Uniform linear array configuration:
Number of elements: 24
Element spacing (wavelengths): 0.75
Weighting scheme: blackman
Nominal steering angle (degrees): -15
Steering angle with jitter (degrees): -13.997
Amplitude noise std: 0.05
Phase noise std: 0.05

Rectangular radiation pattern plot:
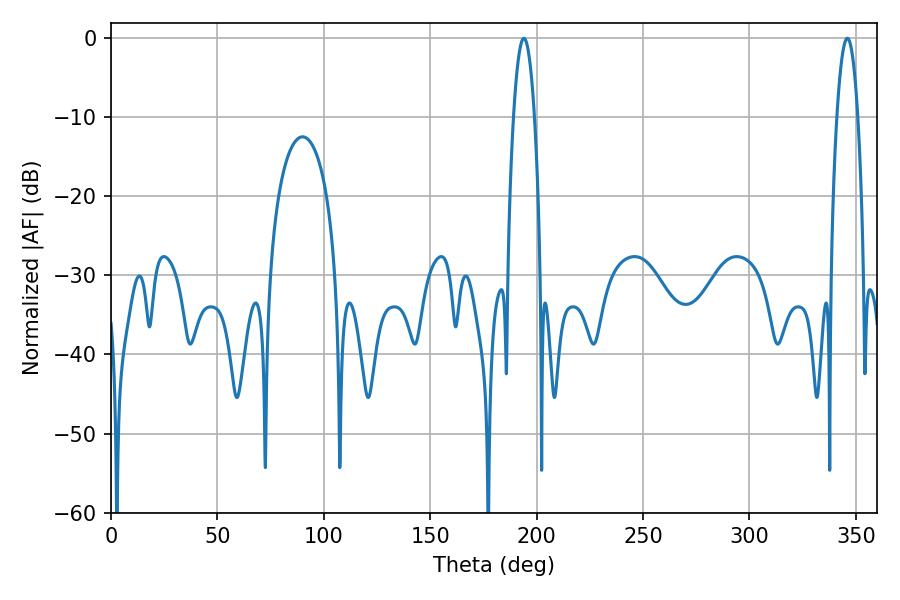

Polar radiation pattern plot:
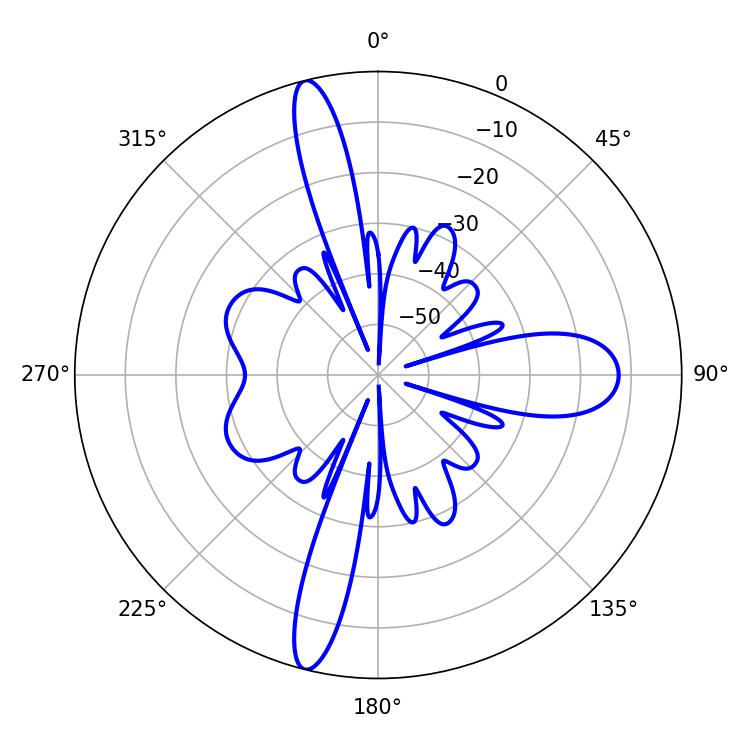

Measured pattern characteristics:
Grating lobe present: TRUE
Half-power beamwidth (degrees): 5.4
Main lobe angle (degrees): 194.04